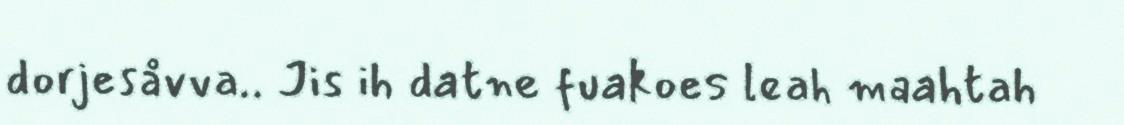
dorjesåvva.. Jis ih datne fuakoes leah maahtah